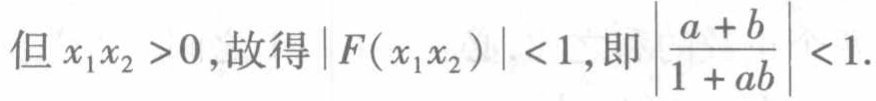
但 \(x_1x_2 > 0\),故得\(\vert F(x_1x_2)\vert < 1\),即\(\left|\frac{a + b}{1 + ab}\right| < 1\).